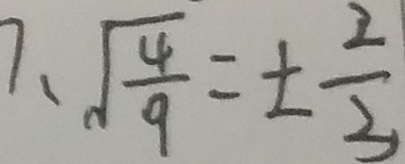
7 、 \sqrt { \frac { 4 } { 9 } } = \pm \frac { 2 } { 3 }